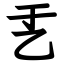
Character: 𠃗